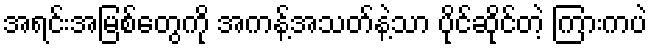
အရင်းအမြစ်တွေကို အကန့်အသတ်နဲ့သာ ပိုင်ဆိုင်တဲ့ ကြားကပဲ